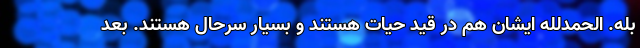
بله. الحمدلله ایشان هم در قید حیات هستند و بسیار سرحال هستند. بعد